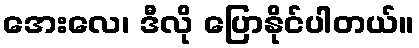
အေးလေ၊ ဒီလို ပြောနိုင်ပါတယ်။